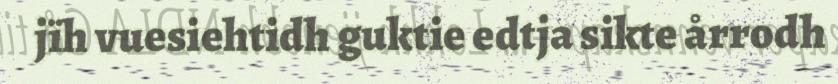
jïh vuesiehtidh guktie edtja sikte årrodh